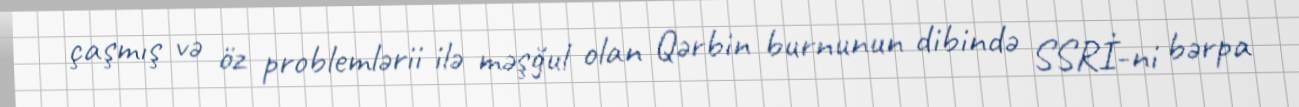
çaşmış və öz problemlərii ilə məşğul olan Qərbin burnunun dibində SSRİ-ni bərpa